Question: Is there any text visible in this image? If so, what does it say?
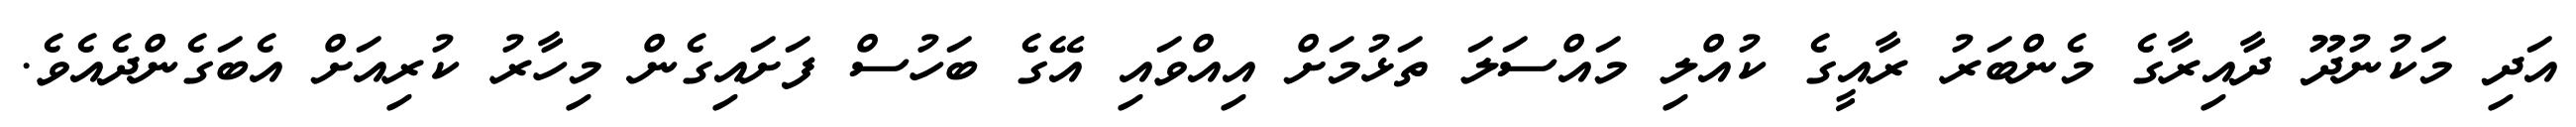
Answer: އަދި މަކުނުދޫ ދާއިރާގެ މެންބަރު ރާއީގެ ކުއްލި މައްސަލަ ތަޅުމަށް އިއްވައި އޭގެ ބަހުސް ފަށައިގެން މިހާރު ކުރިއަށް އެބަގެންދެއެވެ.